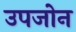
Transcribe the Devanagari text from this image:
उपजोन